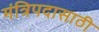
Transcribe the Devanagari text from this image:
मंत्रिपदासाठी